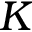
K